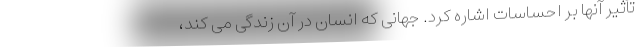
تأثیر آنها بر احساسات اشاره کرد. جهانی که انسان در آن زندگی می کند،